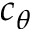
c _ { \theta }